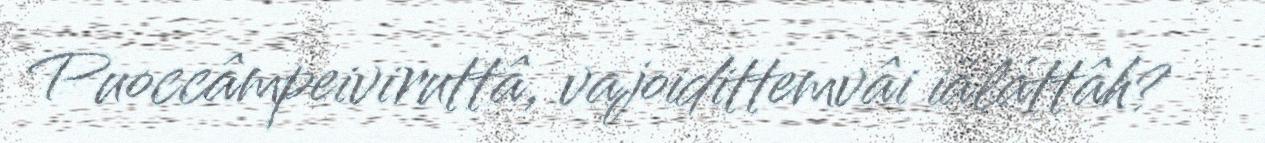
Puoccâmpeiviruttâ, vajoidittemvâi iäláttâh?